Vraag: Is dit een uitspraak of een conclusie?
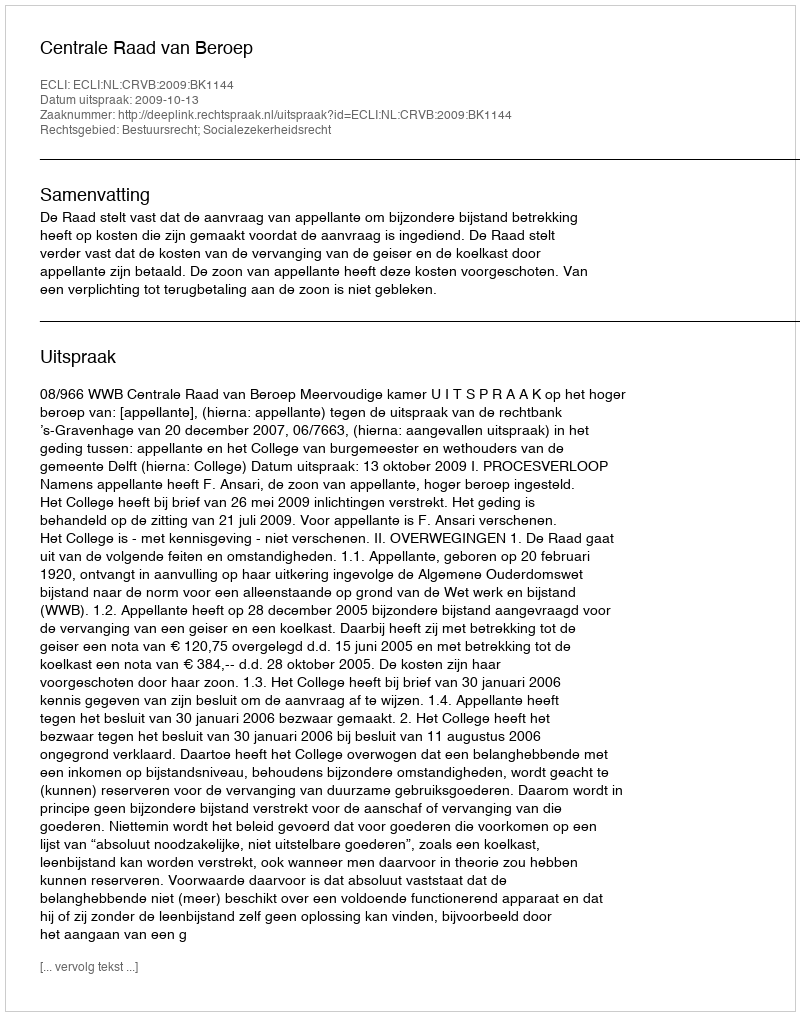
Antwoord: Uitspraak